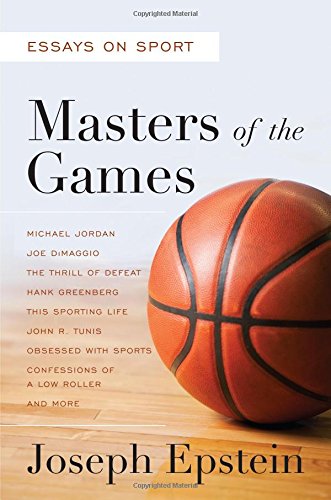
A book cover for Masters of the Games: Essays and Stories on Sport; Joseph Epstein; Sports & Outdoors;